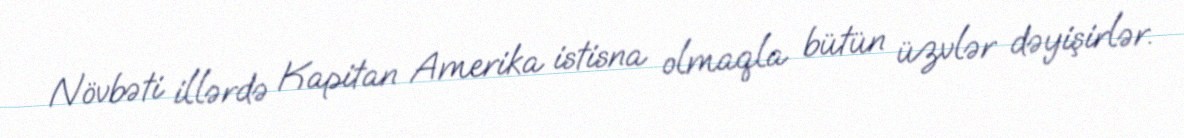
Növbəti illərdə Kapitan Amerika istisna olmaqla bütün üzvlər dəyişirlər.